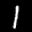
Label: 1